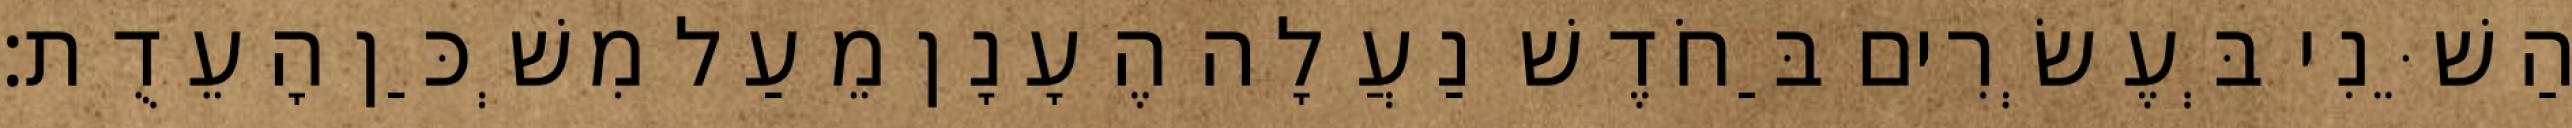
הַשֵּׁנִי בְּעֶשְׂרִים בַּחֹדֶשׁ נַעֲלָה הֶעָנָן מֵעַל מִשְׁכַּן הָעֵדֻת׃